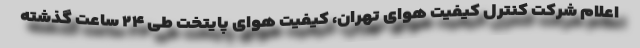
اعلام شرکت کنترل کیفیت هوای تهران، کیفیت هوای پایتخت طی ۲۴ ساعت گذشته